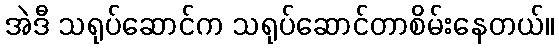
အဲဒီ သရုပ်ဆောင်က သရုပ်ဆောင်တာစိမ်းနေတယ်။